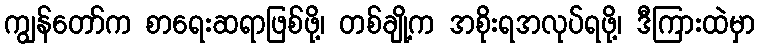
ကျွန်တော်က စာရေးဆရာဖြစ်ဖို့၊ တစ်ချို့က အစိုးရအလုပ်ရဖို့၊ ဒီကြားထဲမှာ